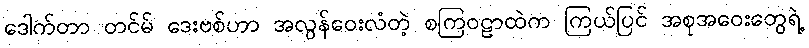
ဒေါက်တာ တင်မ် ဒေးဗစ်ဟာ အလွန်ဝေးလံတဲ့ စကြဝဠာထဲက ကြယ်ပြင် အစုအဝေးတွေရဲ့